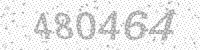
Solution: 480464